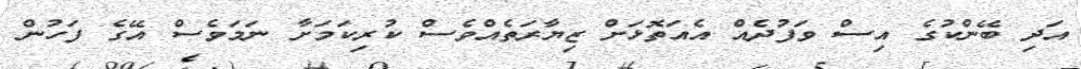
އަދި ބޭންކުގެ އިސް ވަފުދެއް އެއަތޮޅަށް ޒިޔާރަތެއްވެސް ކުރިކަަމަށާ ނަމަވެސް އޭގެ ފަހުން